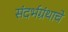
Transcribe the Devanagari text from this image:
संदर्भग्रंथाचे